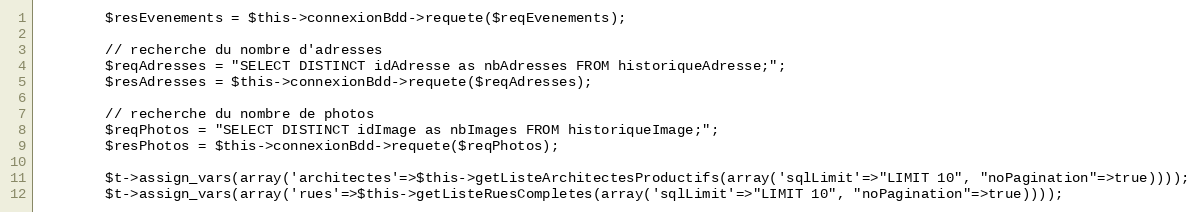
Language: PHP
		$resEvenements = $this->connexionBdd->requete($reqEvenements);

		// recherche du nombre d'adresses
		$reqAdresses = "SELECT DISTINCT idAdresse as nbAdresses FROM historiqueAdresse;";
		$resAdresses = $this->connexionBdd->requete($reqAdresses);

		// recherche du nombre de photos
		$reqPhotos = "SELECT DISTINCT idImage as nbImages FROM historiqueImage;";
		$resPhotos = $this->connexionBdd->requete($reqPhotos);

		$t->assign_vars(array('architectes'=>$this->getListeArchitectesProductifs(array('sqlLimit'=>"LIMIT 10", "noPagination"=>true))));
		$t->assign_vars(array('rues'=>$this->getListeRuesCompletes(array('sqlLimit'=>"LIMIT 10", "noPagination"=>true))));